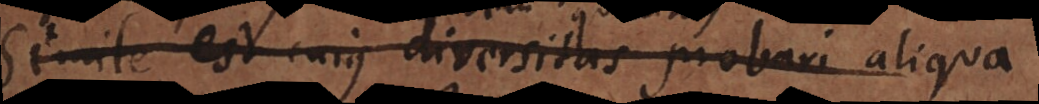
Simile est cujus diversitas probari aliqua